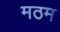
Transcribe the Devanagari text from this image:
मठम